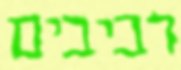
רביבים